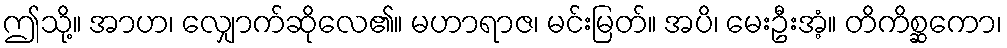
ဤသို့။ အာဟ၊ လျှောက်ဆိုလေ၏။ မဟာရာဇ၊ မင်းမြတ်။ အပိ၊ မေးဦးအံ့။ တိကိစ္ဆကော၊